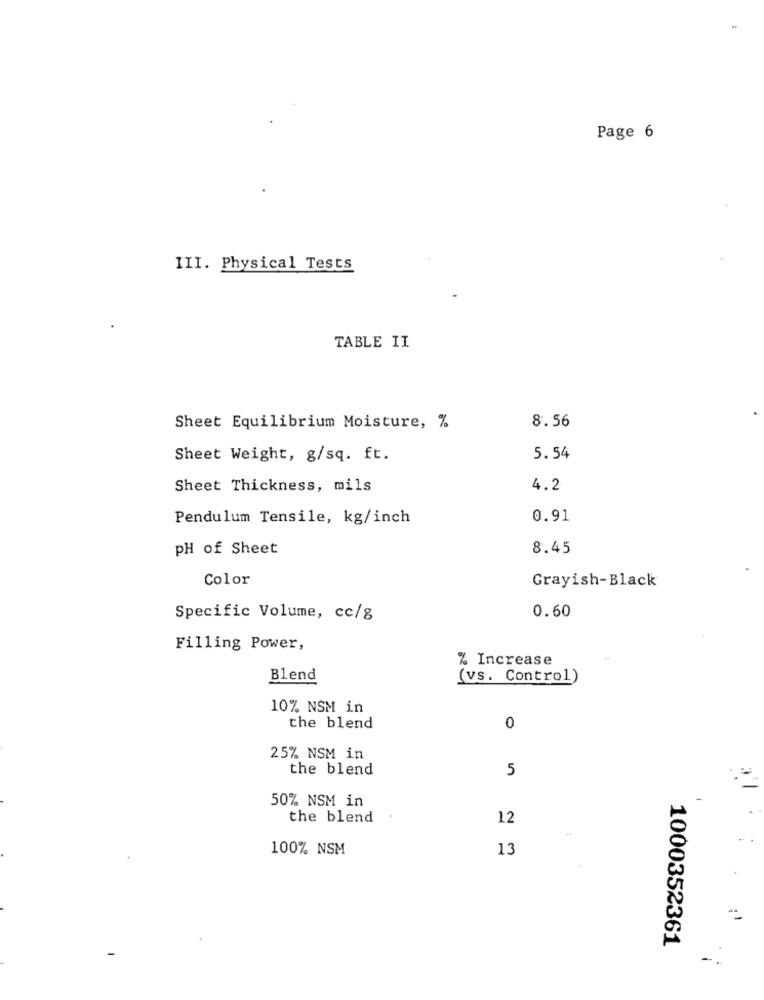
Page 6
III. Physical Tests
TABLE II
8.56
Sheet Equilibrium Moisture, %
Sheet Weight, g/sq. ft.
5.54
Sheet Thickness, mils
4.2
Pendulum Tensile, kg/inch
0.91
PH of Sheet
8.45
Color
Grayish-Black
0.60
Specific Volume, cc/g
Filling Power,
% Increase
Blend
(vs. Control)
10% NSM in
the blend
0
25% NSM in
the blend
5
50% NSM in
the blend
12
100% NSM
13
1000352361